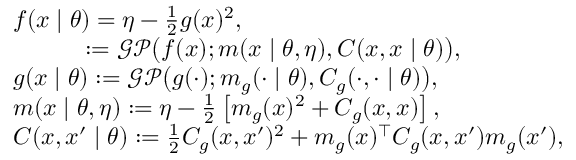
\begin{array} { r l } & { f ( x \mid \theta ) = \eta - \frac { 1 } { 2 } g ( x ) ^ { 2 } , } \\ & { \quad \quad \quad : = \mathcal { G P } \big ( f ( x ) ; m ( x \mid \theta , \eta ) , C ( x , x \mid \theta ) \big ) , } \\ & { g ( x \mid \theta ) : = \mathcal { G P } \big ( g ( \cdot ) ; m _ { g } ( \cdot \mid \theta ) , C _ { g } ( \cdot , \cdot \mid \theta ) \big ) , } \\ & { m ( x \mid \theta , \eta ) : = \eta - \frac { 1 } { 2 } \left[ m _ { g } ( x ) ^ { 2 } + C _ { g } ( x , x ) \right] , } \\ & { C ( x , x ^ { \prime } \mid \theta ) : = \frac { 1 } { 2 } C _ { g } ( x , x ^ { \prime } ) ^ { 2 } + m _ { g } ( x ) ^ { \top } C _ { g } ( x , x ^ { \prime } ) m _ { g } ( x ^ { \prime } ) , } \end{array}